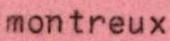
montreux